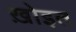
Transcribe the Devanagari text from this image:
ख़ोइत